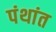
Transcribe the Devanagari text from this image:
पंथांत